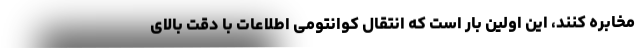
مخابره کنند، این اولین بار است که انتقال کوانتومی اطلاعات با دقت بالای